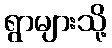
ရွာများသို့